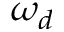
\omega _ { d }